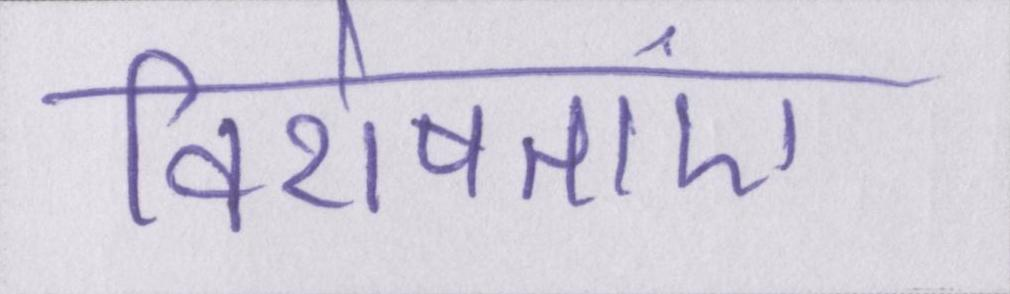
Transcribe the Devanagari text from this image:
विशेषताएं